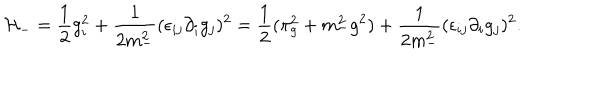
LaTeX: { \cal H } _ { - } = { \frac { 1 } { 2 } } g _ { i } ^ { 2 } + { \frac { 1 } { 2 m _ { - } ^ { 2 } } } ( \epsilon _ { i j } \partial _ { i } g _ { j } ) ^ { 2 } = { \frac { 1 } { 2 } } ( \pi _ { g } ^ { 2 } + m _ { - } ^ { 2 } g ^ { 2 } ) + { \frac { 1 } { 2 m _ { - } ^ { 2 } } } ( \epsilon _ { i j } \partial _ { i } g _ { j } ) ^ { 2 } .